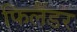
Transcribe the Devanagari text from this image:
फिलैंडर